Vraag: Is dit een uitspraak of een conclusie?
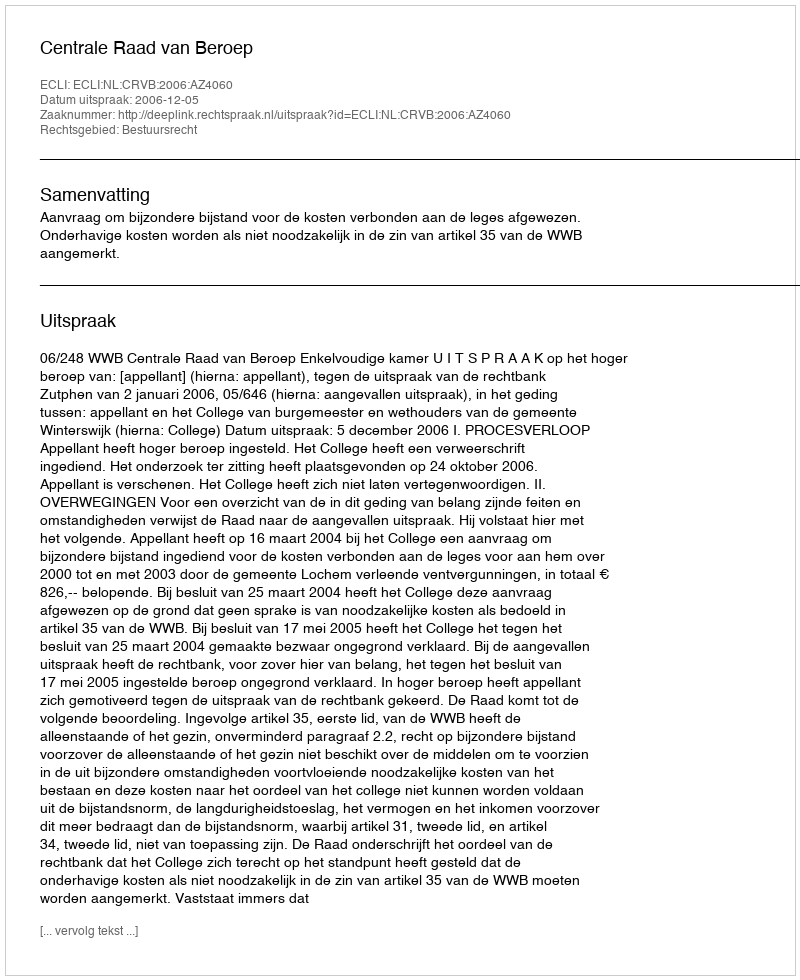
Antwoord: Uitspraak